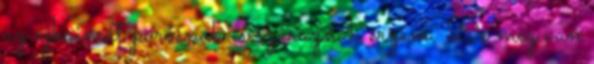
az ajkaimat porosnak és száraznak érzem. De még van